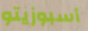
أسبوزيتو